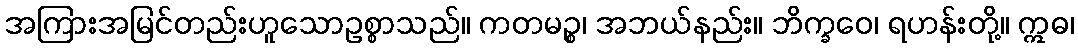
အကြားအမြင်တည်းဟူသောဥစ္စာသည်။ ကတမဉ္စ၊ အဘယ်နည်း။ ဘိက္ခဝေ၊ ရဟန်းတို့။ ဣဓ၊